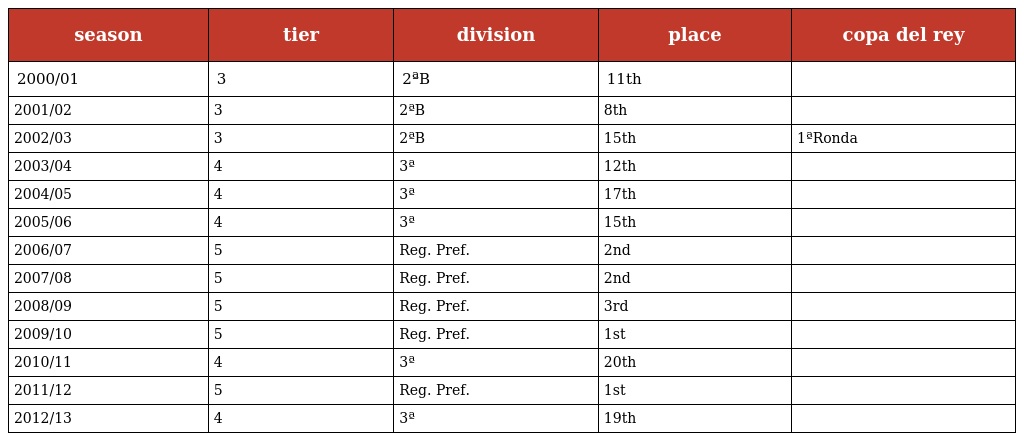
| season | tier | division | place | copa del rey |
 | --- | --- | --- | --- | --- |
 | 2000/01 | 3 | 2ªB | 11th |  |
 | 2001/02 | 3 | 2ªB | 8th |  |
 | 2002/03 | 3 | 2ªB | 15th | 1ªRonda |
 | 2003/04 | 4 | 3ª | 12th |  |
 | 2004/05 | 4 | 3ª | 17th |  |
 | 2005/06 | 4 | 3ª | 15th |  |
 | 2006/07 | 5 | Reg. Pref. | 2nd |  |
 | 2007/08 | 5 | Reg. Pref. | 2nd |  |
 | 2008/09 | 5 | Reg. Pref. | 3rd |  |
 | 2009/10 | 5 | Reg. Pref. | 1st |  |
 | 2010/11 | 4 | 3ª | 20th |  |
 | 2011/12 | 5 | Reg. Pref. | 1st |  |
 | 2012/13 | 4 | 3ª | 19th |  |